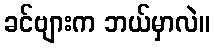
ခင်ဗျားက ဘယ်မှာလဲ။